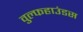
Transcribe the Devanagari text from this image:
वुल्फहाउंडस